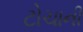
ટોચાની